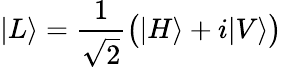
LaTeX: |L\rangle={\frac{1}{\sqrt{2}}}{\big(}|H\rangle+i|V\rangle{\big)}